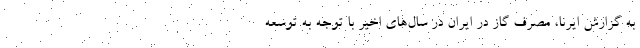
به گزارش ایرنا، مصرف گاز در ایران در سال‌های اخیر با توجه به توسعه